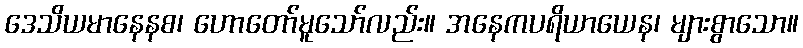
ဒေသိယမာနေနစ၊ ဟောတော်မူသော်လည်း။ အနေကပရိယာယေန၊ များစွာသော။